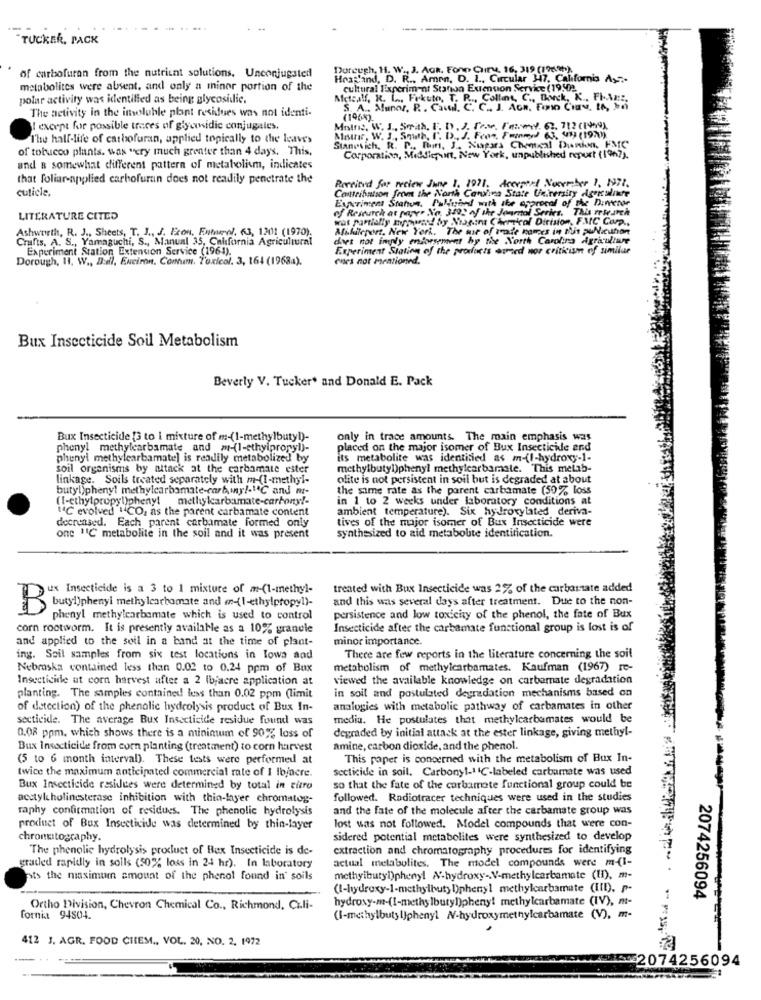
TUCKER, PACK
Doreugh, H. W ., J. AGR. Fono Cuiry, 16, 319 (1964).
of carbofuran from the nutrient solutions. Unconjugated
Hoagland, D. R ., Amen. D. I ., Circular 317, California A .:-
metabolites were absent. and only a minor portion of the
cultural Tixperiment Stanon Extension Service (19502.
polar activity was identified as being glycosidie.
Metcalf, R. L ., Frkuto, T. P .., Collins, C ., Donck, K ., FI-Az ::.
The activity in the imoluble plant residues was not identi-
S. A .. Munoz, P .. Cawil. C. C. J. AGR. Fino CIav. LA, 26
(196%).
I except for possible traces of glycosidic conjugates.
The half-life of carbofuran, applied topically to the leaves
Mount, W. J ., South, I. D ., J. Feon, Femmy) 63, 19) (197)).
of tobucoo plants. was very much greater than 4 days. This.
Stanosich. R. P. Fun. J. Nupara Chemical Pardon, FMC
Corporation, Middlepart, New York, unpublished report (1997).
and & somewhat different pattern of metabolism, indicates
that foliar-applied carbofuran does not readily penetrate the
Pessitid for review June 1. 1971. deexpert November 1. NII.
cuticle,
Contribution from the North Carolina State University Agriculinte
of Research as paser No. 350% of the Journal Series. This research
Experiment Station. Pullvind with the approval of The Demenor
LITERATURE CITED
wat partially mrowand by Nogens Cheruicol Dirision, FMC Corp .,
Ashworth, R. J ., Sheets, T. J ., J. Exon, Eutel. 63, 1201 (1970).
Afildieport, New York. The out of traie homes in this publicuthor
Crafts. A. S ., Yamaguchi, S ., Manual 35, California Agricultural
does not ingly endorsement by the North Carolina Agriculture
Experiment Station Extension Service (1964).
Experiment Siation of the products owned nor criticism of similar
Dorough, 11. W ., D:el, Euciron. Comam, Toxicol. 3, 164 (19684).
Pues not mentioned.
Bux Insecticide Soil Metabolism
Beverly V. Tucker' and Donald E. Pack
Bux Insecticide [3 to i mixture of m-(1-methylbuty!)-
only in trace amounts. The main emphasis was
phenyl methylcarbamate and m-(1-ethylpropyl)-
placed on the major isomer of Bux Insecticide end
phenyl methylcarbamate] is readily metabolized by
its metabolite was identified as m-(I-hydroxy-1-
soil organisms by attack at the carbamate ester
methylbutylphenyl methylcarbamate. This meLab-
linkage. Soils treated separately with m-(I-methyl-
olite is not persistent in soil but is degraded at about
butyl phenyl methylcarbamate-carbonyl."C and mr-
the same rate as the parent carbamate (50% loss
(I-ethylpropyl)phenyl methylcarbamate-carbony !-
in 1 to 2 weeks under laboratory conditions at
"℃ evolved CO, as the parent carbamate content
ambient temperature). Six hydroxylated deriva-
decreased. Each parent carbamate formed only
tives of the major isomer of Bux Insecticide were
one "1C metabolite in the soil and it was present
synthesized to aid metabolite identification.
us Insecticide is a 3 to 1 mixture of m-(1-methyl-
treated with Bux Insecticide was 2% of the carbastate added
and this was several days after treatment. Due to the non-
buty1)phenyl methylcachomate and m-(1-ethylpropyl)-
B
phenyl methylcarbamate which is used to control
persistence and low toxicity of the phenol, the fate of Bux
corn rootworm. It is presently available as a 10% granule
Insecticide after the carbamate functional group is lost is of
and applied to the soil in a band at the time of plant-
minor importance.
ing. Soil samples from six test locations in lows and
There are few reports in the literature concerning the soil
Nebraska contained less than 0.02 to 0.24 ppm of Bux
metabolism of methylcarbamates. Kaufman (1967) re-
Insecticide ut corn harvest after a 2 Ibjacre application at
viewed the available knowledge on carbamate degradation
in soil and postulated degradation mechanisms based on
planting. The samples contained less than 0.02 ppm (limit
of detection) of the phenolic hydrolysis product of Bux In-
analogies with metabolic pathway of carbamates in other
secticide. The average Bux Insecticide residue found was
media. He postulates that methylcarbamates would be
0.08 ppm, which shows there is a minimum of 90% loss of
degraded by initial attack at the ester linkage, giving methyl-
Bux Insecticide from corn planting (treatment) to corn harvest
amine, carbon dioxide, and the phenol.
(5 to 6 month interval). These tests were performed at
This paper is concerned with the metabolism of Bux In-
secticide in soil. Carbonyt-1 1C-labeled carbamate was used
twice the maximum anticipated commercial rate of I Ibjacre.
Bux Insecticide residues were determined by total in citro
so that the fate of the corbamate functional group could be
acetylcholinesterase inhibition with thin-layer chromatog-
followed. Radiotracer techniques were used in the studies
raphy confirmation of residues. The phenolic hydrolysis
and the fate of the molecule after the carbamate group was
product of Bux Insecticide was determined by thin-layer
lost was not followed. Model compounds that were con-
chronitography.
sidered potential metabolites were synthesized to develop
The phenolic hydrolysis product of Bux Insecticide is de-
extraction and chromatography procedures for identifying
actual metabolites. The model compounds were m(I-
graded rapidly in soils (50% loss in 24 hr). In laboratory
ats the maximum amount of the phenol found in" soils
methyibutylphenyl A-hydroxy -. V-methylcarbamate (H), m-
(I-hydroxy-1-methylbuty D)phenyl methylcarbamate (LID). P-
hydroxy-m-(I-methylbutyl)phenyl methylcarbamate (IV), m-
2074256094
Ortho Division, Chevron Chemical Co ., Richmond, Cili-
fornia 94504.
(I-methylbutylphenyl N-hydroxymethylcarbamate (V), m-
412 J. AGR. FOOD CHEM ., VOL. 20, NO. 2, 1972
002074256094